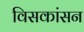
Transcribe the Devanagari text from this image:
विसकांसन